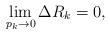
LaTeX: \begin{align*}\lim_{p_k \to 0} \Delta R_k =0,\end{align*}